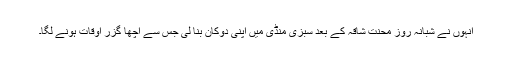
انہوں نے شبانہ روز محنتِ شاقہ کے بعد سبزی منڈی میں اپنی دوکان بنا لی جس سے اچھا گزر اوقات ہونے لگا۔